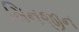
સિનજીન